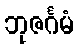
ဘုဇင်္ဂမံ